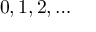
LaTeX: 0 , 1 , 2 , \ldots